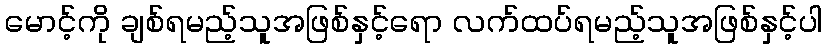
မောင့်ကို ချစ်ရမည့်သူအဖြစ်နှင့်ရော လက်ထပ်ရမည့်သူအဖြစ်နှင့်ပါ